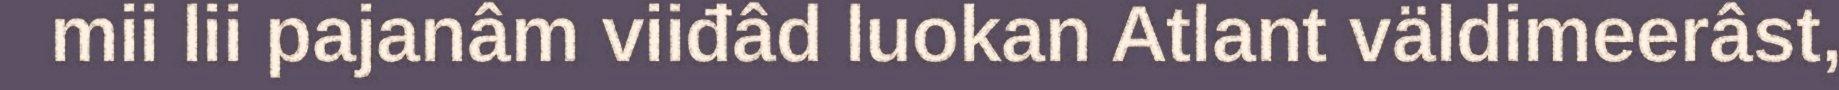
mii lii pajanâm viiđâd luokan Atlant väldimeerâst,